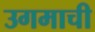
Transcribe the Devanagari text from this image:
उगमाची